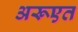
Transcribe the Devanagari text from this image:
अरूएत